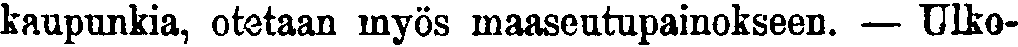
kaupunkia, otetaan myös maaseutupainokseen. — Ulko-